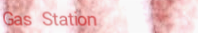
Gas Station